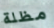
مظلة